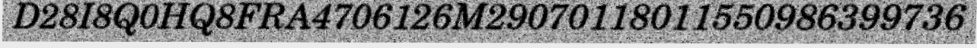
D28I8Q0HQ8FRA4706126M29070118011550986399736